Vaccination in the Punjab 1883-1896 - 1883-1896
Year: 1883
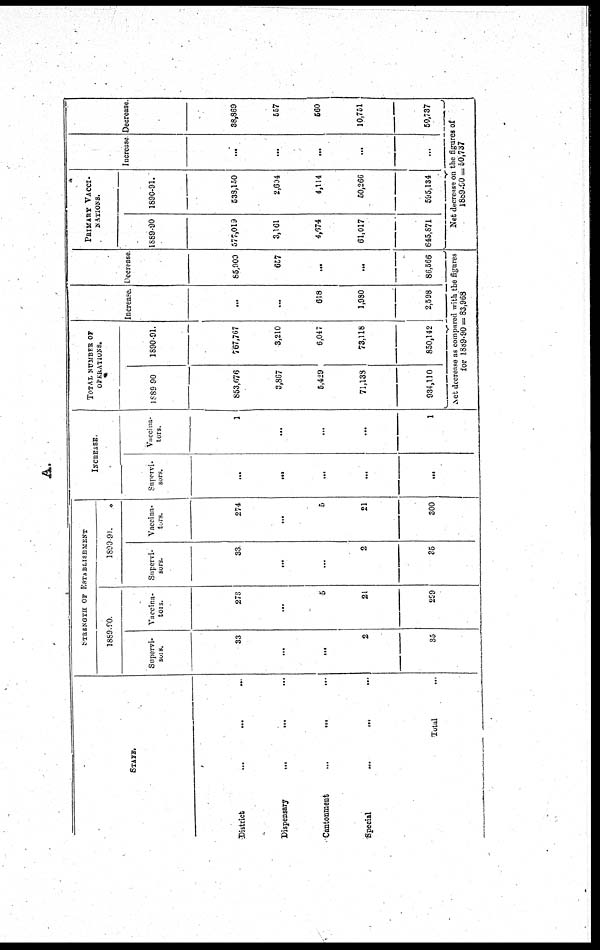
A.
STAFE.
District ... ... ...
Dispensary
...
...
...
Cantonment
...
...
...
Special
...
...
...
Total ...
STRENGTH OF ESTABLISHMENT
1889-90.
Supervi-
sors.
33
...
...
2
35
Vaccina-
tors.
273
...
5
21
289
1899-91.
Supervi-
sors.
33
...
...
2
35
Vaccina-
tors.
274
...
5
21
300
INCREASE.
Supervi-
sors.
...
...
...
...
...
Vaccina-
tors.
1
...
...
...
1
TOTAL NUMBER OF
OPRATIONS.
1889-90
853,676
3,867
5,429
71,138
934,110
1890-91.
767,767
3,210
6,047
73,118
850,142
Increase.
...
...
618
1,980
2,598
Decrease
85,909
657
...
...
86,566
Net decrease as compared with the figures
for 1889-90 = 83,968
PRIMARY VACCI-
NATIONS.
1889-90
577,019
3,161
4,674
61,017
645,871
1890-91.
538,150
2,604
4,114
50,266
595,134
Increase
...
...
...
...
...
Decrease.
38,869
557
560
10,751
50,737
Net decrease on the figures of
1889-90 = 50,737